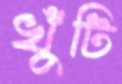
খুঁটি